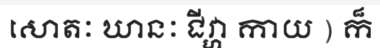
សោតៈ ឃានៈ ជីវ្ហា កាយ ) ក៏